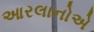
આરલાનોએ